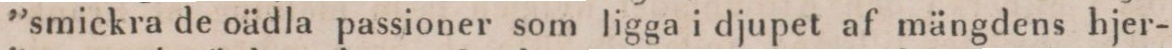
”smickra de oädla passioner som ligga i djupet af mängdens hjer-